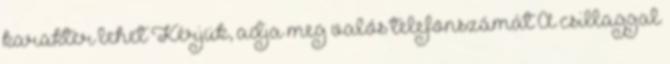
karakter lehet Kérjük, adja meg valós telefonszámát A csillaggal